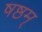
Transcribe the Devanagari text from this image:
षष्ठम्‌